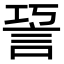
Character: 䛒